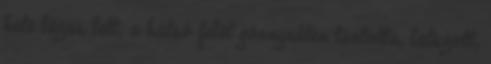
hete lázas lett, a hátsó felét görnyedten tartotta, látszott,